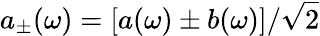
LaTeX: a_{\pm}(\omega)=\left[a(\omega)\pm b(\omega)\right]/\sqrt{2}